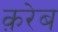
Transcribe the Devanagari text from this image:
क़रेब